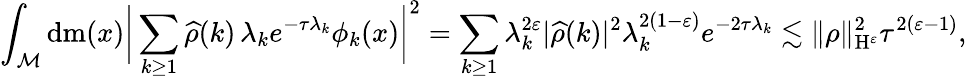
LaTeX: \int_{\mathcal{M}}\mathrm{d}\mathrm{m}(x)\bigg\vert\sum_{k\geq 1}\widehat{\rho}(k)\, \lambda_{k}e^{-\tau\lambda_{k}}\phi_{k}(x)\bigg\vert^{2}=\sum_{k\geq 1}\lambda_{k}^{2\varepsilon}\vert\widehat{\rho}(k)\vert^{2}\lambda_{k}^{2(1-\varepsilon)}e^{-2\tau\lambda_{k}}\lesssim\| \rho\| _{\mathrm{H}^{\varepsilon}}^{2}\tau^{2(\varepsilon-1)},